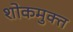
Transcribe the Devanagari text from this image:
शोकमुक्त